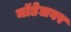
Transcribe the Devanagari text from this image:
मॉडेलवर